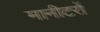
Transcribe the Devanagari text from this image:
मानीटरों